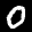
Label: 0